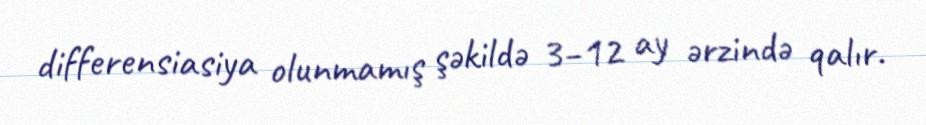
differensiasiya olunmamış şəkildə 3–12 ay ərzində qalır.